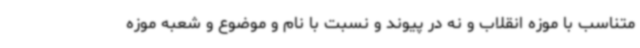
متناسب با موزه انقلاب و نه در پیوند و نسبت با نام و موضوع و شعبه موزه